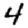
Digit: 4